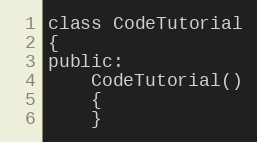
Language: C
class CodeTutorial
{
public:
	CodeTutorial()
	{
	}